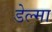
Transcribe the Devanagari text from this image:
डेल्मा